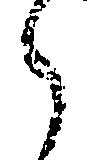
之